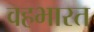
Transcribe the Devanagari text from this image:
वहभारत